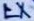
Text: LX